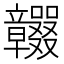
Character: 𥫕